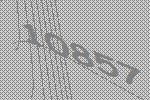
10857